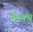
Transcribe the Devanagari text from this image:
कैस्क्यु